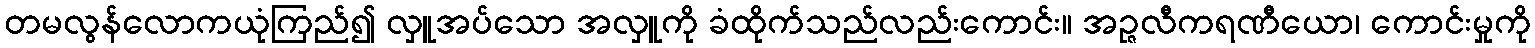
တမလွန်လောကယုံကြည်၍ လှူအပ်သော အလှူကို ခံထိုက်သည်လည်းကောင်း။ အဉ္ဇလီကရဏီယော၊ ကောင်းမှုကို